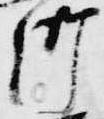
御